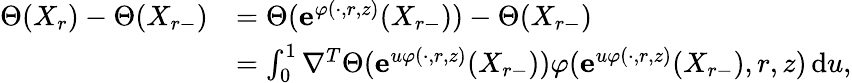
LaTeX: \begin{array}{rl}{\Theta(X_{r})-\Theta(X_{r-})}&{=\Theta(\mathbf{e}^{\varphi(\cdot,r,z)}(X_{r-}))-\Theta(X_{r-})}\\ &{=\int_{0}^{1}\nabla^{T}\Theta(\mathbf{e}^{u\varphi(\cdot,r,z)}(X_{r-}))\varphi(\mathbf{e}^{u\varphi(\cdot,r,z)}(X_{r-}),r,z)\, \mathrm{d}u,}\end{array}